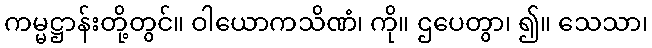
ကမ္မဋ္ဌာန်းတို့တွင်။ ဝါယောကသိဏံ၊ ကို။ ဌပေတွာ၊ ၍။ သေသာ၊